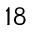
1 8